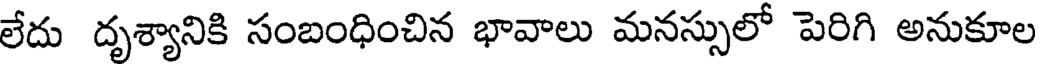
లేదు దృశ్యానికి సంబంధించిన భావాలు మనస్సులో పెరిగి అనుకూల